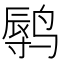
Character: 𲎁